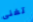
تغنى